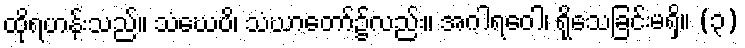
ထိုရဟန်းသည်။ သံဃေပိ၊ သံဃာတော်၌လည်း။ အဂါရဝေါ၊ ရိုသေခြင်းမရှိ။ (၃)